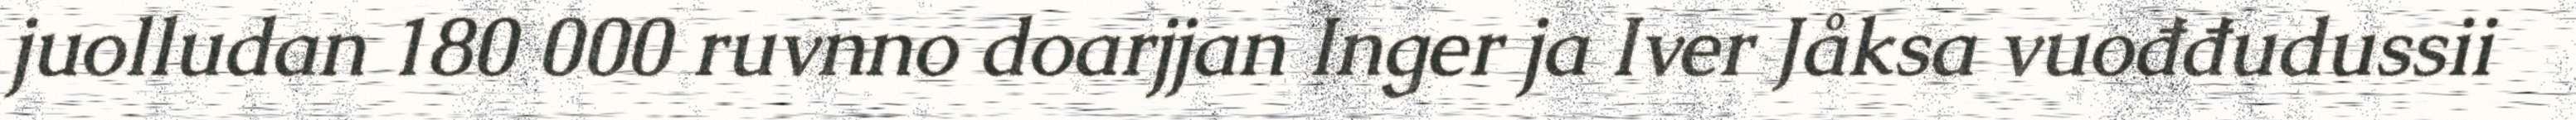
juolludan 180 000 ruvnno doarjjan Inger ja Iver Jåksa vuođđudussii